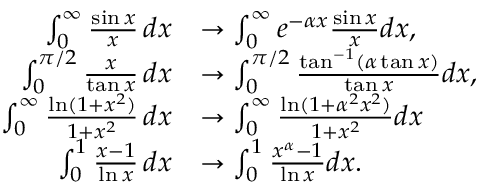
{ \begin{array} { r l } { \int _ { 0 } ^ { \infty } { \frac { \sin x } { x } } \, d x } & { \to \int _ { 0 } ^ { \infty } e ^ { - \alpha x } { \frac { \sin x } { x } } d x , } \\ { \int _ { 0 } ^ { \pi / 2 } { \frac { x } { \tan x } } \, d x } & { \to \int _ { 0 } ^ { \pi / 2 } { \frac { \tan ^ { - 1 } ( \alpha \tan x ) } { \tan x } } d x , } \\ { \int _ { 0 } ^ { \infty } { \frac { \ln ( 1 + x ^ { 2 } ) } { 1 + x ^ { 2 } } } \, d x } & { \to \int _ { 0 } ^ { \infty } { \frac { \ln ( 1 + \alpha ^ { 2 } x ^ { 2 } ) } { 1 + x ^ { 2 } } } d x } \\ { \int _ { 0 } ^ { 1 } { \frac { x - 1 } { \ln x } } \, d x } & { \to \int _ { 0 } ^ { 1 } { \frac { x ^ { \alpha } - 1 } { \ln x } } d x . } \end{array} }